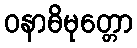
ဝနာဓိမုတ္တော